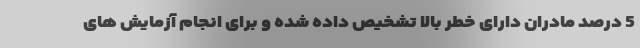
5 درصد مادران دارای خطر بالا تشخیص داده شده و برای انجام آزمایش های